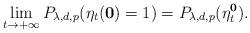
LaTeX: \begin{align*}\lim_{t\rightarrow+\infty}P_{\lambda,d,p}(\eta_t(\textbf{0})=1)=P_{\lambda,d,p}(\eta_t^{\textbf{0}} ).\end{align*}